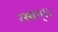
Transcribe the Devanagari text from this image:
रसान्।।